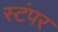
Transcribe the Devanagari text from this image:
स्टंपर